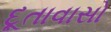
દૂતાવાસો